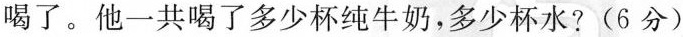
喝了。他一共喝了多少杯纯牛奶，多少杯水？（6分）